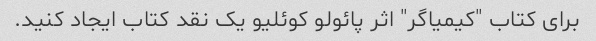
برای کتاب "کیمیاگر" اثر پائولو کوئلیو یک نقد کتاب ایجاد کنید.